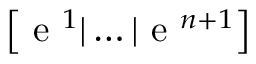
\left[ \mathrm { ~ e ~ } ^ { 1 } | \dots | \mathrm { ~ e ~ } ^ { n + 1 } \right]